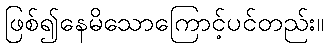
ဖြစ်၍နေမိသောကြောင့်ပင်တည်း။